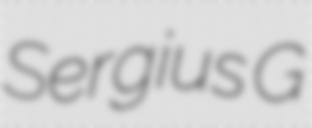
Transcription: Sergius G